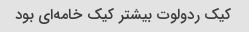
کیک ردولوت بیشتر کیک خامه‌ای بود